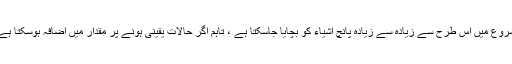
شروع میں اس طرح سے زیادہ سے زیادہ پانچ اشیاء کو بچایا جاسکتا ہے ، تاہم اگر حالات یقینی ہونے پر مقدار میں اضافہ ہوسکتا ہے۔